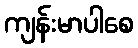
ကျန်းမာပါစေ